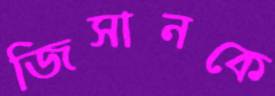
জিসানকে